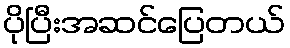
ပိုပြီးအဆင်ပြေတယ်